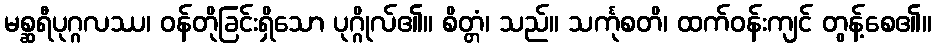
မစ္ဆရီပုဂ္ဂလဿ၊ ဝန်တိုခြင်းရှိသော ပုဂ္ဂိုလ်၏။ စိတ္တံ၊ သည်။ သင်္ကုစတိ၊ ထက်ဝန်းကျင် တွန့်စေ၏။